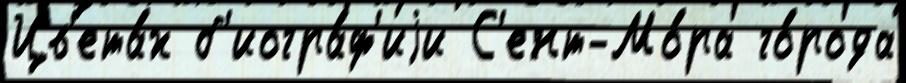
Цв'ета́х б'иогра́ф'иjи С'ент-Мо́ра го́рода